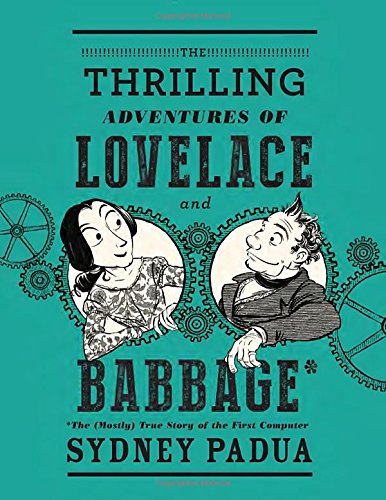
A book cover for The Thrilling Adventures of Lovelace and Babbage: The (Mostly) True Story of the First Computer; Sydney Padua; Comics & Graphic Novels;